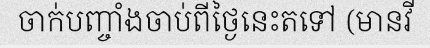
ចាក់បញ្ចាំងចាប់ពីថ្ងៃនេះតទៅ (មានវី